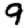
Digit: 9